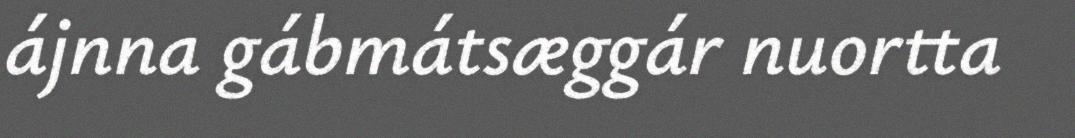
ájnna gábmátsæggár nuortta